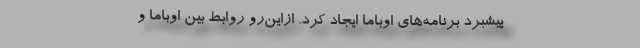
پیشبرد برنامه‌های اوباما ایجاد کرد. از‌این‌رو روابط بین اوباما و